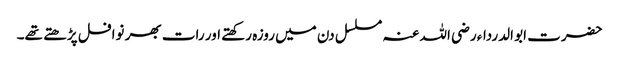
حضرت ابو الدرداء رضی اللہ عنہ مسلسل دن میں روزہ رکھتے اور رات بھر نوافل پڑھتے تھے۔